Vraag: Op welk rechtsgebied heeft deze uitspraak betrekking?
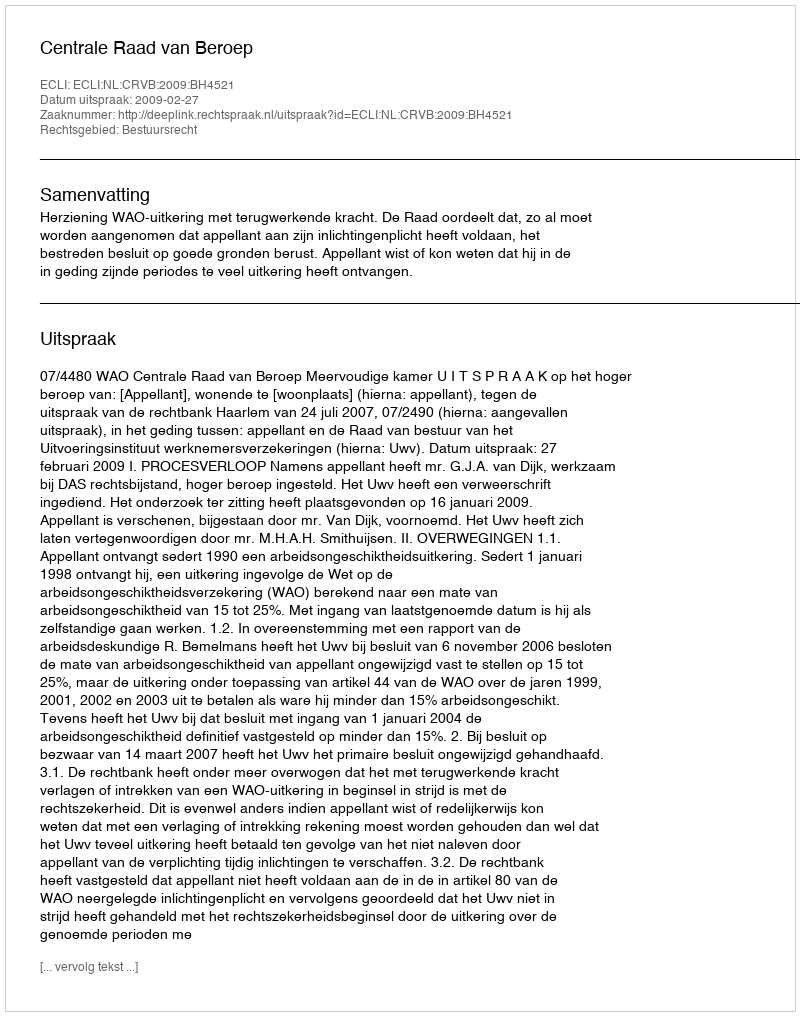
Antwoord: Bestuursrecht